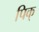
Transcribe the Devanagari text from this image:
पिक्